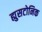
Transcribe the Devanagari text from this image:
ह्युसटोनिक